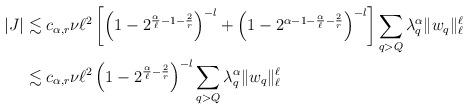
LaTeX: \begin{align*}|J| &\lesssim c_{\alpha,r}\nu \ell^2\left[\left(1-2^{\frac\alpha \ell-1-\frac2r}\right)^{-l}+\left(1-2^{\alpha-1-\frac \alpha \ell-\frac2r}\right)^{-l}\right]\sum_{q> Q}\lambda_q^\alpha\|w_q\|_\ell^\ell\\&\lesssim c_{\alpha,r}\nu \ell^2\left(1-2^{\frac\alpha \ell-\frac2r}\right)^{-l}\sum_{q> Q}\lambda_q^\alpha\|w_q\|_\ell^\ell\end{align*}